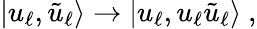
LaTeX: |u_{\ell},\tilde{u}_{\ell}\rangle\to|u_{\ell},u_{\ell}\tilde{u}_{\ell}\rangle~,